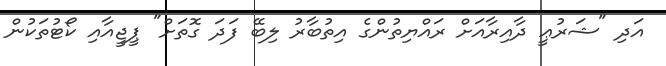
އަދި "ޝަރުޢީ ދާއިރާއަށް ރައްޔިތުންގެ އިތުބާރު ލިބޭ ފަދަ ގޮތަށް" ޕީޖީއާއި ކޯޓުތަކުން